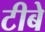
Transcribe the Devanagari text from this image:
टीबे